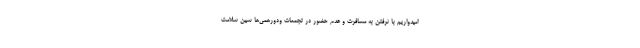
امیدواریم با نرفتن به مسافرت و عدم حضور در تجمعات ودورهمی‌ها سین سلامت